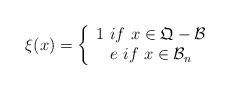
LaTeX: \begin{align*}\xi(x) = \left\{ {\begin{array}{*{20}c} 1~if~x \in \mathfrak{Q} -\mathcal{B} \\ e~if ~x \in \mathcal{B}_n \\ \end{array} } \right.\end{align*}